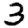
Digit: 3